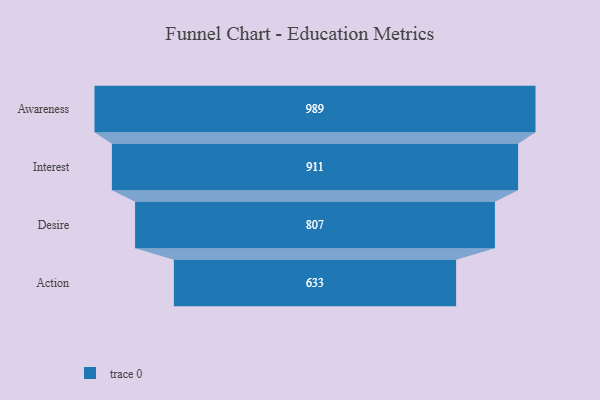
{"axis": {"x": "Stage", "y": "Value"}, "legend": [""], "data": [{"x": "Awareness", "y": 989.0, "type": ""}, {"x": "Interest", "y": 911.0, "type": ""}, {"x": "Desire", "y": 807.0, "type": ""}, {"x": "Action", "y": 633.0, "type": ""}]}